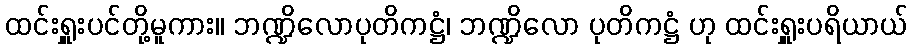
ထင်းရှူးပင်တို့မူကား။ ဘဏ္ဍိလောပုတိကဋ္ဌံ၊ ဘဏ္ဍိလော ပုတိကဋ္ဌံ ဟု ထင်းရှူးပရိယာယ်